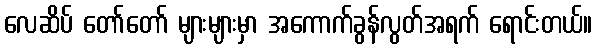
လေဆိပ် တော်တော် များများမှာ အကောက်ခွန်လွတ်အရက် ရောင်းတယ်။